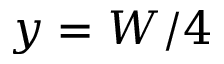
y = W / 4